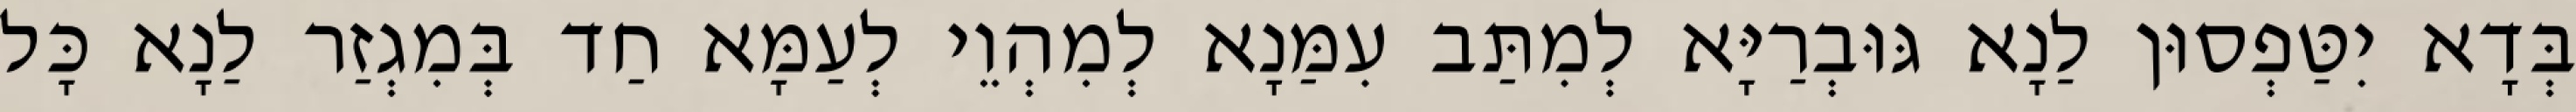
בְּדָא יִטַּפְסוּן לַנָא גּוּבְרַיָּא לְמִתַּב עִמַּנָא לְמִהְוֵי לְעַמָּא חַד בְּמִגְזַר לַנָא כָּל